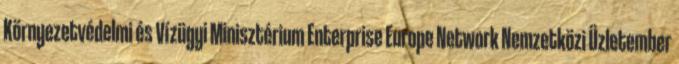
Környezetvédelmi és Vízügyi Minisztérium Enterprise Europe Network Nemzetközi Üzletember